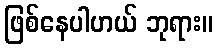
ဖြစ်နေပါဟယ် ဘုရား။